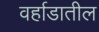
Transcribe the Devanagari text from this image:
वर्हाडातील